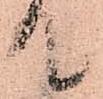
て